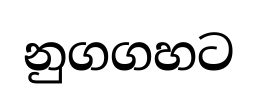
නුගගහට